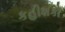
કહીશકો